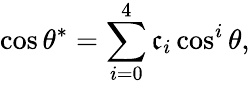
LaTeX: \cos\theta^{*}=\sum_{i=0}^{4}\mathfrak{c}_{i}\cos^{i}\theta,